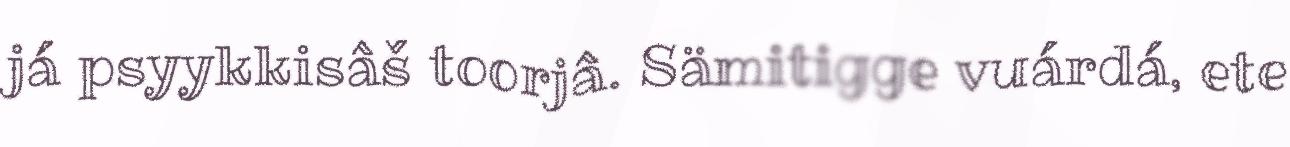
já psyykkisâš toorjâ. Sämitigge vuárdá, ete